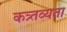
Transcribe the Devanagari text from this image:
कत्र्तव्यता